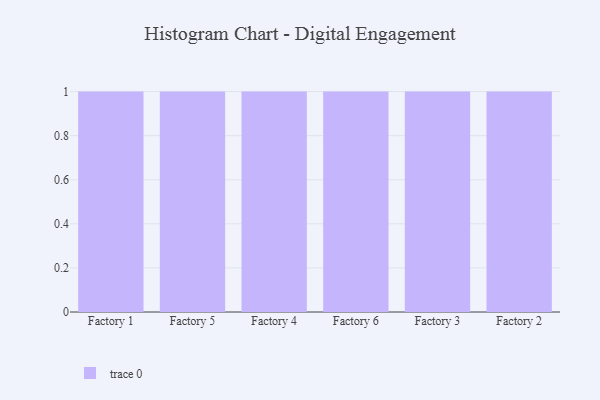
{"axis": {"x": "Factory", "y": "Conversion Rate (%)"}, "legend": [""], "data": [{"x": "Factory 1", "y": 54, "type": ""}, {"x": "Factory 5", "y": 68, "type": ""}, {"x": "Factory 4", "y": 55, "type": ""}, {"x": "Factory 6", "y": 8, "type": ""}, {"x": "Factory 3", "y": 35, "type": ""}, {"x": "Factory 2", "y": 90, "type": ""}]}